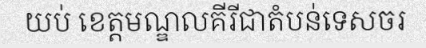
យប់ ខេត្តមណ្ឌលគីរីជាតំបន់ទេសចរ